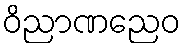
ဝိညာဏညေဝ